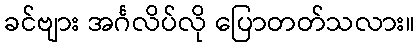
ခင်ဗျား အင်္ဂလိပ်လို ပြောတတ်သလား။